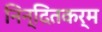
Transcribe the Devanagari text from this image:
निन्दितकर्म